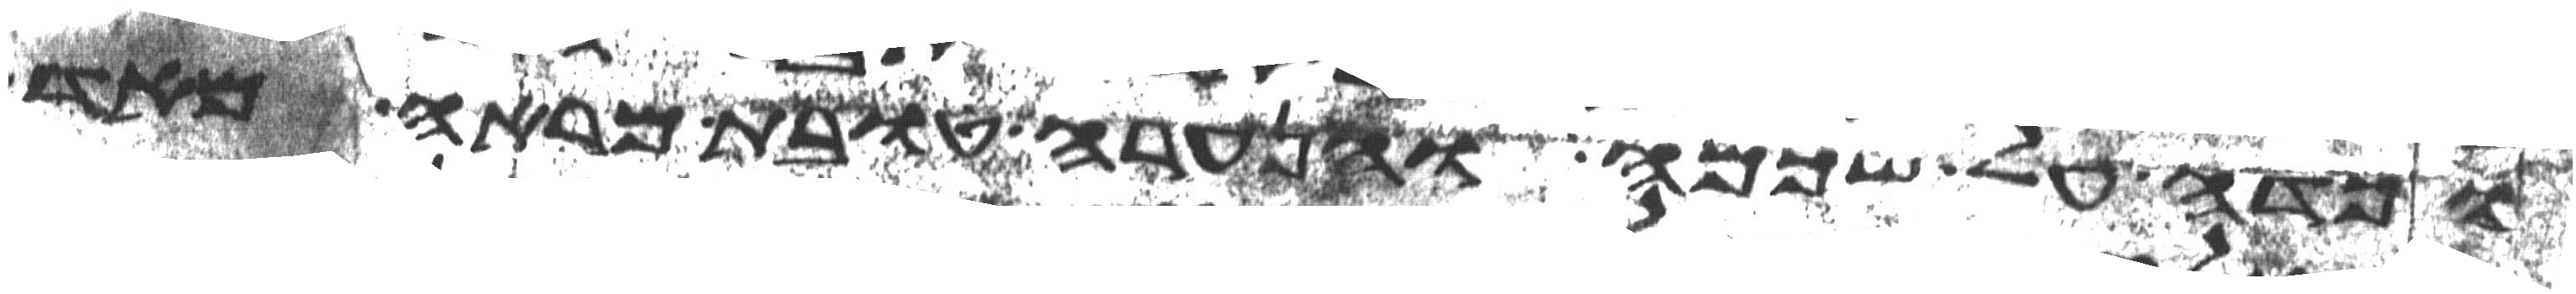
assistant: וכדה על שכמה והנערה טובת מראה מאד